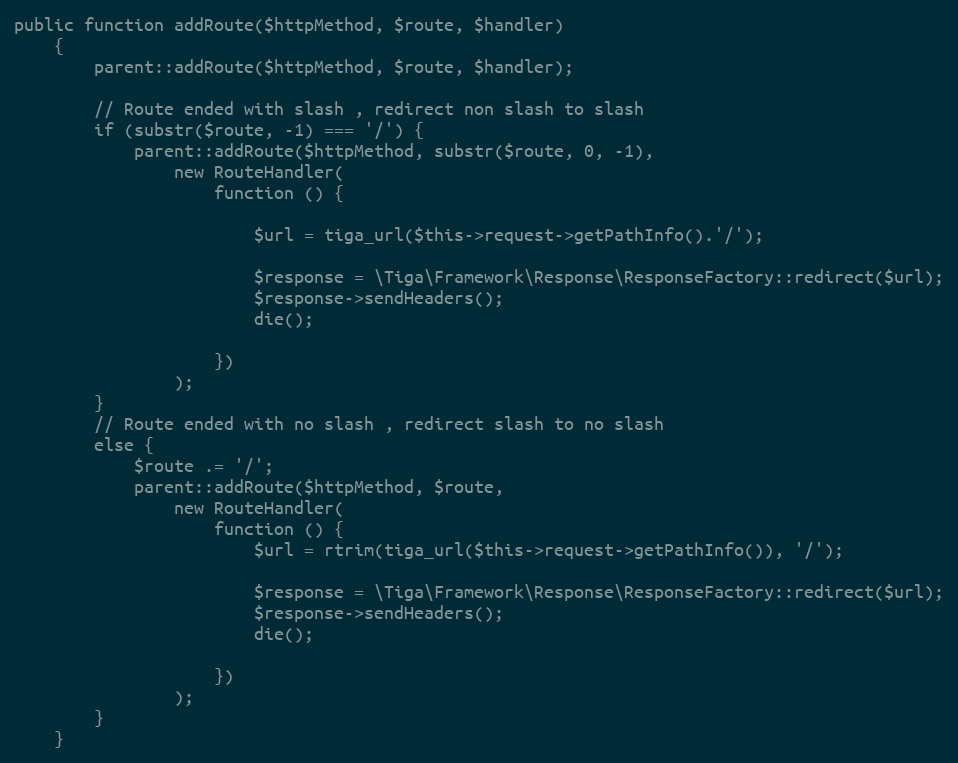
Language: PHP
public function addRoute($httpMethod, $route, $handler)
    {
        parent::addRoute($httpMethod, $route, $handler);

        // Route ended with slash , redirect non slash to slash
        if (substr($route, -1) === '/') {
            parent::addRoute($httpMethod, substr($route, 0, -1),
                new RouteHandler(
                    function () {

                        $url = tiga_url($this->request->getPathInfo().'/');

                        $response = \Tiga\Framework\Response\ResponseFactory::redirect($url);
                        $response->sendHeaders();
                        die();

                    })
                );
        }
        // Route ended with no slash , redirect slash to no slash
        else {
            $route .= '/';
            parent::addRoute($httpMethod, $route,
                new RouteHandler(
                    function () {
                        $url = rtrim(tiga_url($this->request->getPathInfo()), '/');

                        $response = \Tiga\Framework\Response\ResponseFactory::redirect($url);
                        $response->sendHeaders();
                        die();

                    })
                );
        }
    }